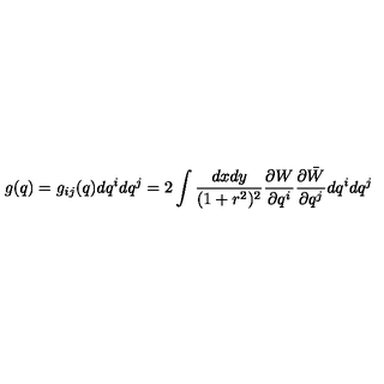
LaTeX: g ( q ) = g _ { i j } ( q ) d q ^ { i } d q ^ { j } = 2 \int \frac { d x d y } { ( 1 + r ^ { 2 } ) ^ { 2 } } \frac { \partial W } { \partial q ^ { i } } \frac { \partial \bar { W } } { \partial q ^ { j } } d q ^ { i } d q ^ { j }